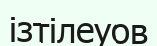
ізтілеуов